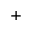
^ +